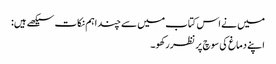
میں نے اس کتاب میں سے چند اہم نکات سیکھے ہیں:
اپنے دماغ کی سوچ پر نظر رکھو۔